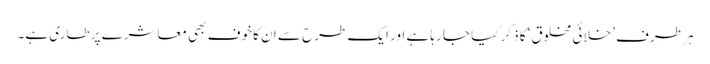
ہر طرف ’خلائی مخلوق‘ کا ذکر کیا جا رہا ہے اور ایک طرح سے ان کا خوف بھی معاشرے پر طاری ہے۔